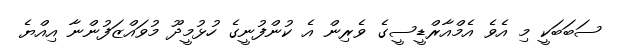
ސަބަބަކީ މި އެވެ އެމްއާރްޑީސީގެ ވެރިން އެ ކުންފުނީގެ ހުޅުމީދޫ މުވައްޒަފުންނާ އިއްޔެ